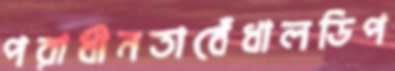
পরাধীনতাবেঁধালডিপ